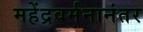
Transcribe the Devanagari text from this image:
महेंद्रवर्मनानंतर